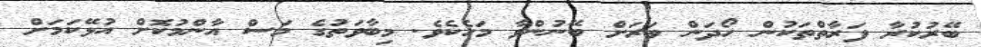
ބޭރުކުރާ ފަރާތްތަކުން ހޯދަން ވަރަށް ބޭނުންވާ މަހެކެވެ. މިބާވަތުގެ މަސް އާންމުކޮށް އުޅޭކަމަށް